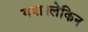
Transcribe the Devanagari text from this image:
गया।लेकिन